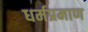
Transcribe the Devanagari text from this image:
धर्मप्रमाण